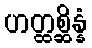
ဟတ္ထစ္ဆိန္နံ